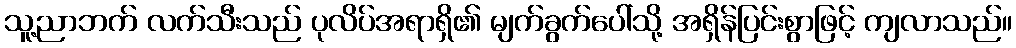
သူ့ညာဘက် လက်သီးသည် ပုလိပ်အရာရှိ၏ မျက်ခွက်ပေါ်သို့ အရှိန်ပြင်းစွာဖြင့် ကျလာသည်။